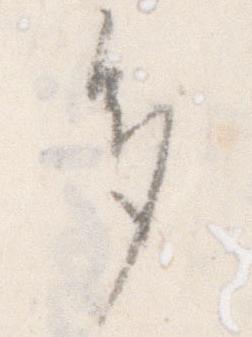
多